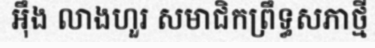
អ៊ឹង លាងហួរ សមាជិកព្រឹទ្ធសភាថ្មី